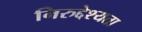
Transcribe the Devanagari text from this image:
निरुद्देश्यता